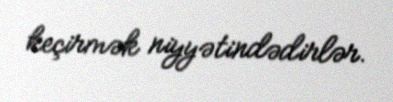
keçirmək niyyətindədirlər.